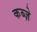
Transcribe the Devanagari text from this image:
कब्‍ज़े